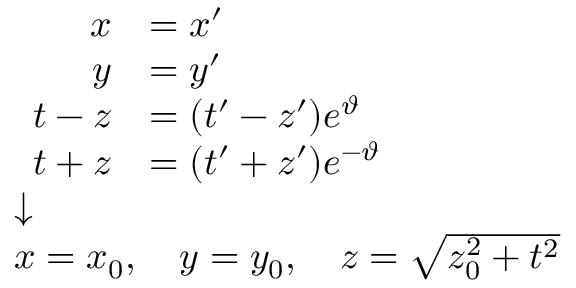
{ \scriptstyle { \begin{array} { l } { { \begin{array} { r l } { x } & { = x ^ { \prime } } \\ { y } & { = y ^ { \prime } } \\ { t - z } & { = ( t ^ { \prime } - z ^ { \prime } ) e ^ { \vartheta } } \\ { t + z } & { = ( t ^ { \prime } + z ^ { \prime } ) e ^ { - \vartheta } } \end{array} } } \\ { { \boldsymbol { \downarrow } } } \\ { x = x _ { 0 } , \quad y = y _ { 0 } , \quad z = { \sqrt { z _ { 0 } ^ { 2 } + t ^ { 2 } } } } \end{array} } }